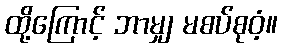
ထို့ကြောင့် ဘာမျှ မစပ်စုဝံ့။